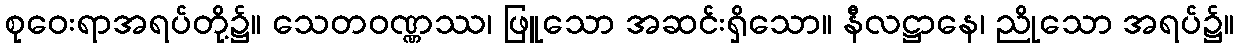
စုဝေးရာအရပ်တို့၌။ သေတဝဏ္ဏဿ၊ ဖြူသော အဆင်းရှိသော။ နီလဋ္ဌာနေ၊ ညိုသော အရပ်၌။